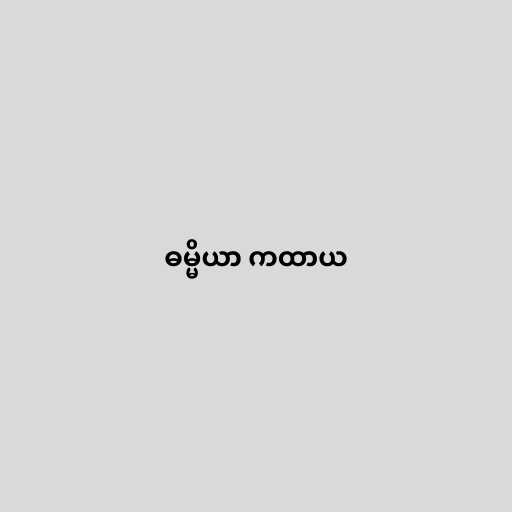
ဓမ္မိယာ ကထာယ